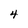
Character: 4